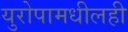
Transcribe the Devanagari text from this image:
युरोपामधीलही